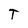
Character: T